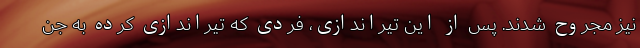
نیز مجروح شدند. پس از این تیراندازی، فردی که تیراندازی کرده به جن